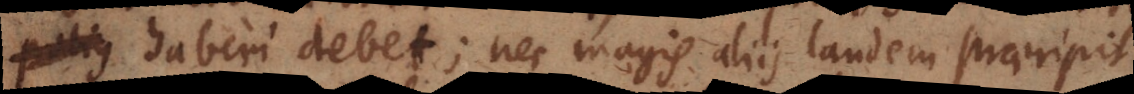
haberi debet; nec magis aliis tandem praecipit